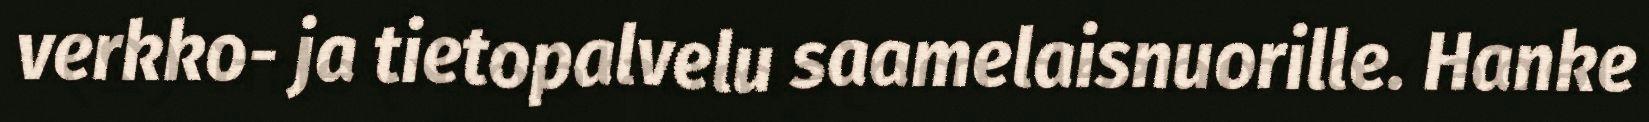
verkko- ja tietopalvelu saamelaisnuorille. Hanke